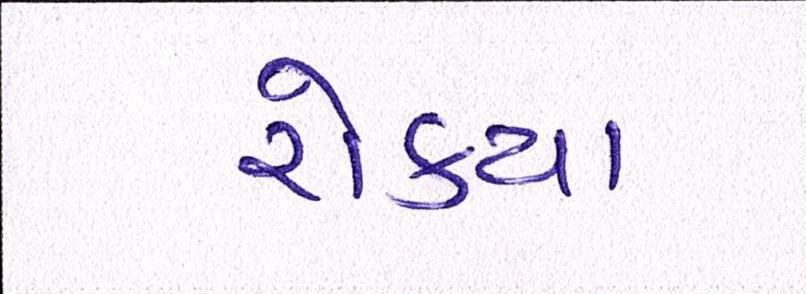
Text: રોક્યા